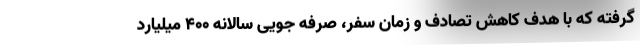
گرفته که با هدف کاهش تصادف و زمان سفر، صرفه جویی سالانه ۴۰۰ میلیارد